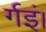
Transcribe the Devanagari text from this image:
र्गइं।